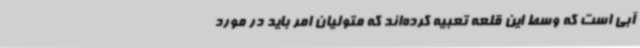
آبی است که وسط این قلعه تعبیه کرده‌اند که متولیان امر باید در مورد